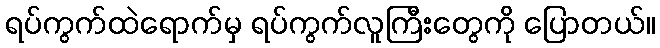
ရပ်ကွက်ထဲရောက်မှ ရပ်ကွက်လူကြီးတွေကို ပြောတယ်။